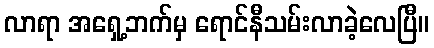
လာရာ အရှေ့ဘက်မှ ရောင်နီသမ်းလာခဲ့လေပြီ။